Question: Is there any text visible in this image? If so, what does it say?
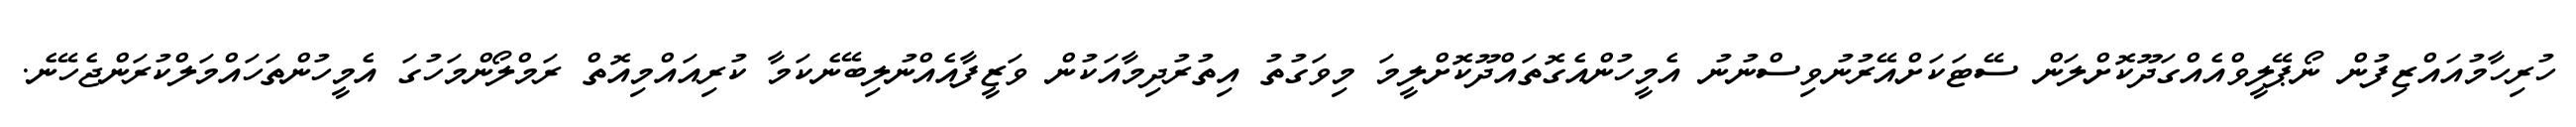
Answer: ހުރިހާމުއައްޒިފުން ނޯޕޭލީވްއެއްގަދޫކޮށްލަން ސޭޓަކަށްއޭރުނުވިސްނުނު އެމީހުންއެގޮތައްދޫކޮށްލީމަ މިވަގުތު އިތުރުދިމާއަކުން ވަޒީފާއެއްނުލިބޭނެކަމާ ކުރިއައްމިއޮތް ރަމްލޯންމަހުގަ އެމީހުންތަހައްމަލްކުރަންޖެހޭނެ.